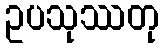
ဥပသုဿတု